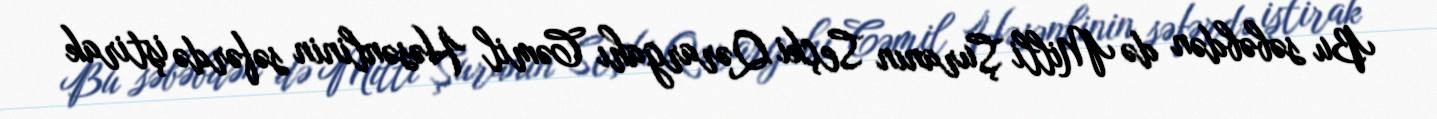
Bu səbəbdən də Milli Şuranın Seçki Qərargahı Cəmil Həsənlinin səfərdə iştirak